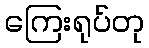
ကြေးရုပ်တု